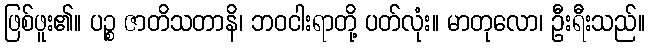
ဖြစ်ဖူး၏။ ပဉ္စ ဇာတိသတာနိ၊ ဘဝငါးရာတို့ ပတ်လုံး။ မာတုလော၊ ဦးရီးသည်။